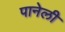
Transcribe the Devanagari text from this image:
पानेली